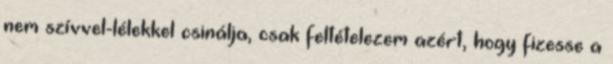
nem szívvel-lélekkel csinálja, csak feltételezem azért, hogy fizesse a